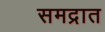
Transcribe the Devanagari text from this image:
समद्रात